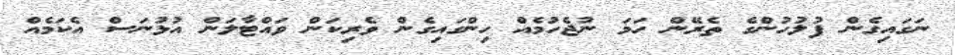
ނަގައިގެން ފުލުހުންގެ ތެރޭން ހަމަ ނުޖެހުމެއް ހިންގައިގެން ވެރިކަން ވައްޓާލަން އުޅުނަސް އެކަމެއް